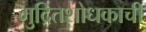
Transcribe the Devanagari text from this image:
मुद्रितशोधकाची